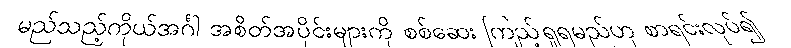
မည်သည့်ကိုယ်အင်္ဂါ အစိတ်အပိုင်းများကို စစ်ဆေး ကြည့်ရှုရမည်ဟု စာရင်းလုပ်၍